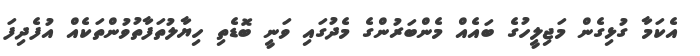
އެކަމާ ގުޅިގެން މަޖިލީހުގެ ބައެއް މެންބަރުންގެ މެދުގައި ވަނީ ބޮޑެތި ހިޔާލުތަފާތުވުންތަކެއް އުފެދިފަ